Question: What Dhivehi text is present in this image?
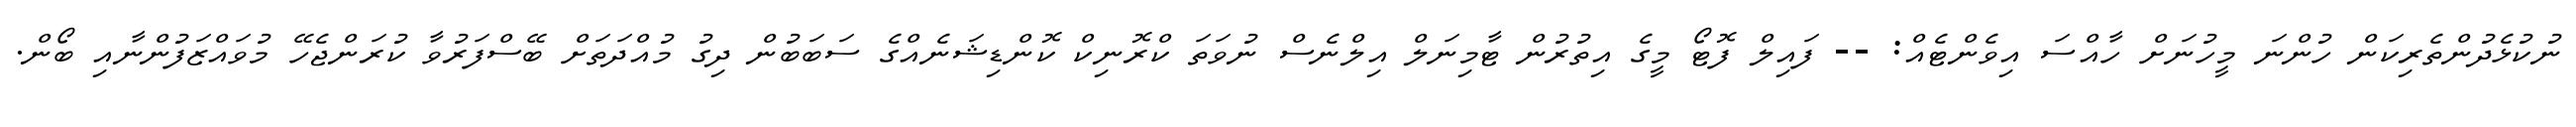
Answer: ނުކުޅެދުންތެރިކަން ހުންނަ މީހުނަށް ހާއްސަ އިވެންޓެއް: -- ފައިލް ފޮޓޯ މީގެ އިތުރުން ޓާމިނަލް އިލްނެސް ނުވަތަ ކްރޮނިކް ކޮންޑިޝަނެއްގެ ސަބަބުން ދިގު މުއްދަތަށް ބޭސްފަރުވާ ކުރަންޖެހޭ މުވައްޒަފުންނާއި ބޯން.